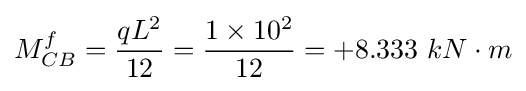
M_{CB}^{f}={\frac {qL^{2}}{12}}={\frac {1\times 10^{2}}{12}}=+8.333\ kN\cdot m